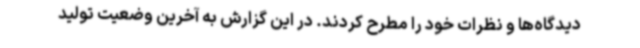
دیدگاه‌ها و نظرات خود را مطرح کردند. در این گزارش به آخرین وضعیت تولید